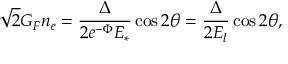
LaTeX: \sqrt { 2 } G _ { F } n _ { e } = { \frac { \Delta } { 2 e ^ { - \Phi } E _ { * } } } \cos 2 \theta = { \frac { \Delta } { 2 E _ { l } } } \cos 2 \theta ,